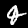
Digit: 4